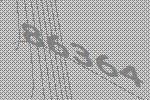
86364